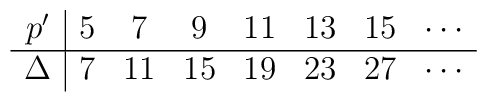
\begin{array}{c|cccccccc}p'     & 5 & 7 &  9 & 11 & 13 & 15 & \cdots\\ \hline\Delta & 7 & 11& 15 & 19 & 23 & 27 & \cdots\end{array}